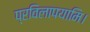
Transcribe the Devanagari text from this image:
प्रविलापयामि।